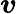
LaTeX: \boldsymbol{v}